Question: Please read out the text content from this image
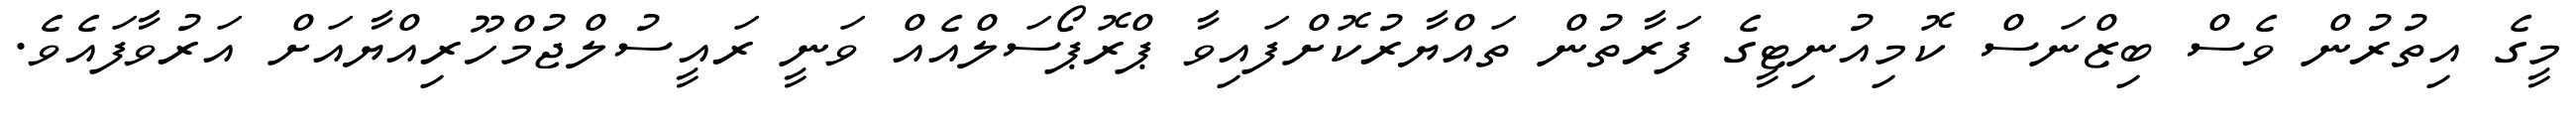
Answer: މީގެ އިތުރުން ވެސް ބިޒްނަސް ކޮމިއުނިޓީގެ ފަރާތުން ތައްޔާރުކޮށްފައިވާ ޕްރޮޕޯސަލްއެއް ވަނީ ރައީސުލްޖުމްހޫރިއްޔާއަށް އަރުވާފައެވެ.